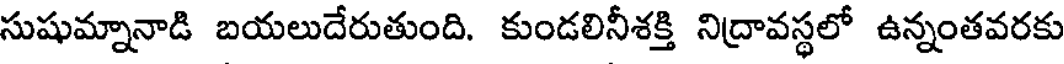
సుషుమ్నానాడి బయలుదేరుతుంది. కుండలినీశక్తి నిద్రావస్థలో ఉన్నంతవరకు